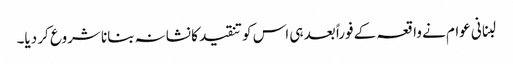
لبنانی عوام نے واقعہ کے فوراً بعد ہی اس کو تنقید کا نشانہ بنانا شروع کر دیا۔